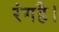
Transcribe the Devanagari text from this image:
रंगहै।